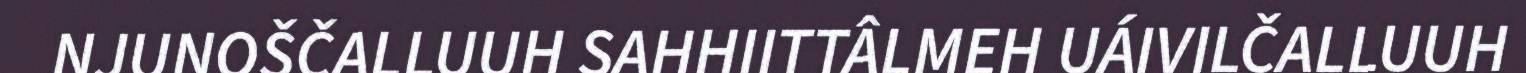
NJUNOŠČALLUUH SAHHIITTÂLMEH UÁIVILČALLUUH